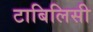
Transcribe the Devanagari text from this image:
टाबिलिसी